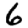
Digit: 6